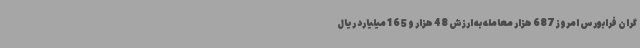
گران فرابورس امروز 687 هزار معامله به ارزش 48 هزار و 165 میلیارد ریال